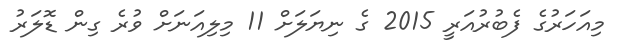
މިއަހަރުގެ ފެބުރުއަރީ 2015 ގެ ނިޔަލަށް 11 މިލިއަނަށް ވުރެ ގިން ޑޮލަރު